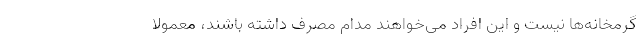
گرمخانه‌ها نیست و این افراد می‌خواهند مدام مصرف داشته باشند، معمولا